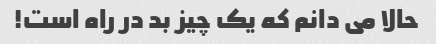
حالا می دانم که یک چیز بد در راه است!